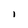
Character: l